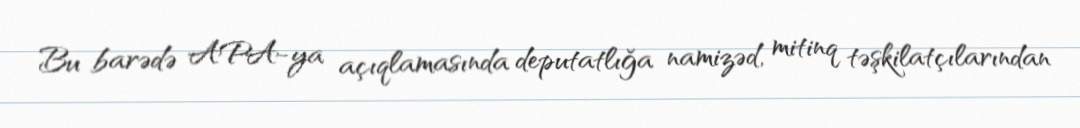
Bu barədə APA-ya açıqlamasında deputatlığa namizəd, mitinq təşkilatçılarından